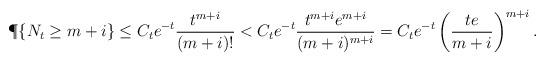
LaTeX: \begin{align*} \P \{N_t \geq m + i\} \leq C_t e^{-t}\frac{t^{m + i}}{(m + i) !}< C _t e^{-t} \frac{t^{m + i} e ^{m + i}}{(m + i) ^{m + i}}= C_t e^{-t} \left( \frac{te}{m + i} \right)^{m + i}.\end{align*}